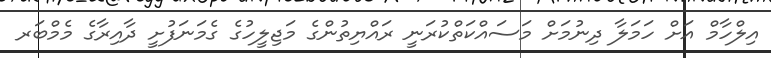
އިލްހާމް އަށް ހަމަލާ ދިނުމަށް މަސައްކަތްކުރަނީ ރައްޔިތުންގެ މަޖިލީހުގެ ގެމަނަފުށީ ދާއިރާގެ މެމްބަރ